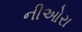
નીઓરા